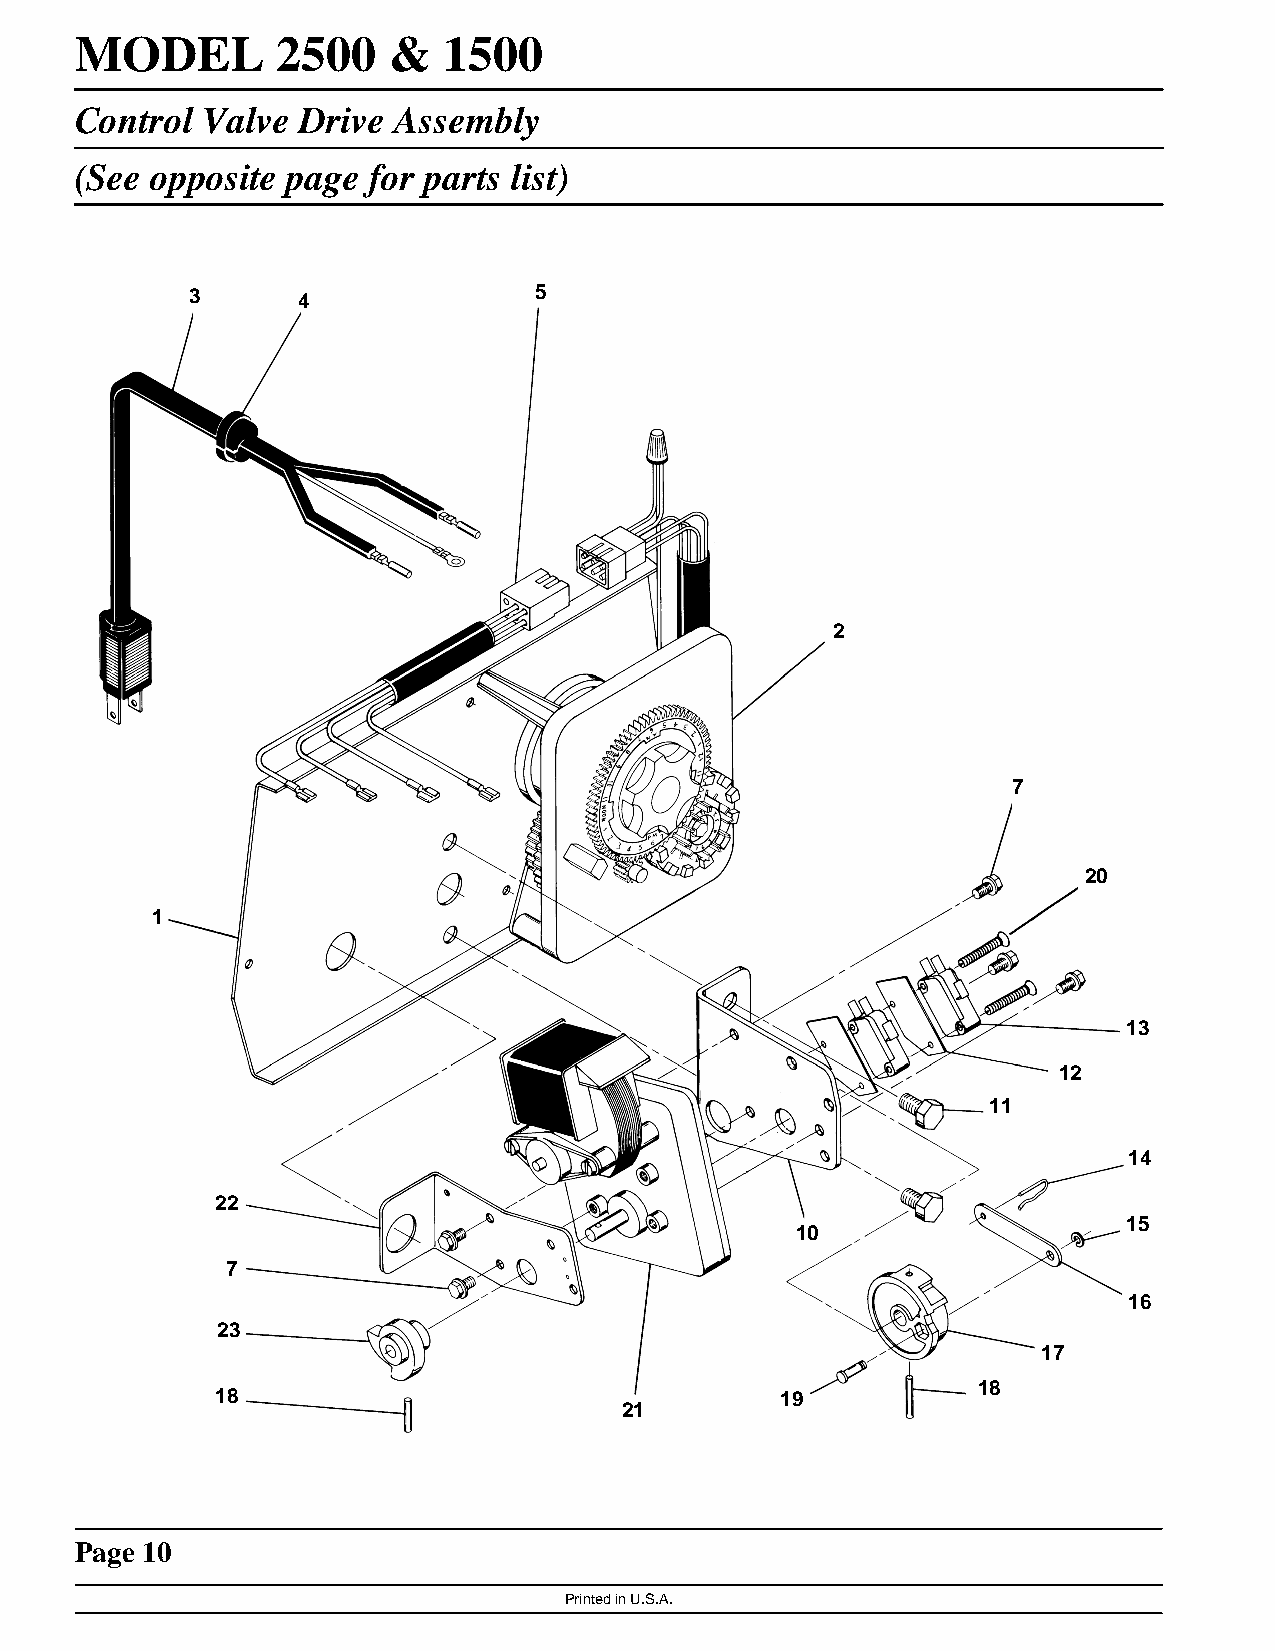
MODEL        2500    &  1500
 Control Valve  Drive Assembly
 (See opposite page for parts list)
 3      4              5
 2
 7
 20
 1
 13
 12
 11
 14
 22
 15
 10
 7
 16
 23
 17
 18
 18                                    19
 21
 Page 10
 Printed in U.S.A.